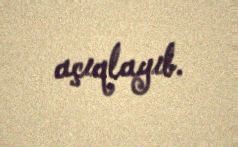
açıqlayıb.